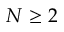
N \ge 2